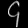
Digit: ၄